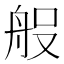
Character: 𮎆